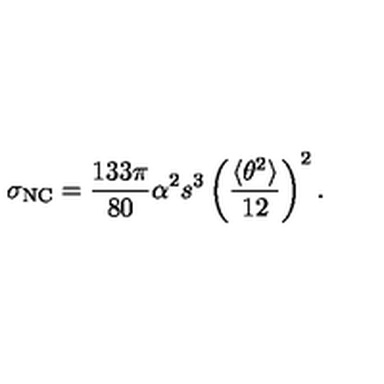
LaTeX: \sigma _ { \mathrm { N C } } = \frac { 1 3 3 \pi } { 8 0 } \alpha ^ { 2 } s ^ { 3 } \left( \frac { \langle \theta ^ { 2 } \rangle } { 1 2 } \right) ^ { 2 } .